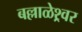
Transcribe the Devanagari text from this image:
बल्लाळेश्र्वर